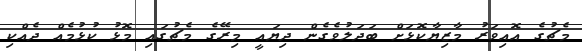
މެޗުގެ އޮއިވަރު މާޒިޔާކޮޅަށް ބަދަލުވެގެން ދިޔައީ މިރޭގެ މެޗުގައި މޮޅު ކުޅުމެއް ދެއްކި